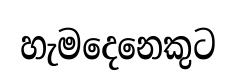
හැමදෙනෙකුට